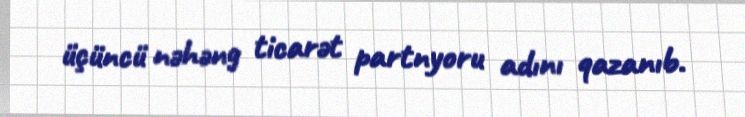
üçüncü nəhəng ticarət partnyoru adını qazanıb.